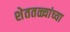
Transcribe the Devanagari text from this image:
शेततळ्यांच्या